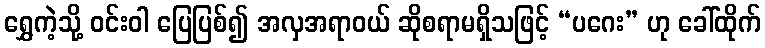
ရွှေကဲ့သို့ ဝင်းဝါ ပြေပြစ်၍ အလှအရာဝယ် ဆိုစရာမရှိသဖြင့် “ပဂေး” ဟု ခေါ်ထိုက်